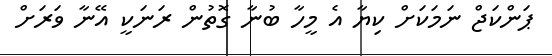
ޕަންކަޖް ނަމަކަށް ކިޔާ އެ މީހާ ބުނާ ގޮތުން ރަނަކީ އޭނާ ވަރަށް